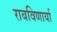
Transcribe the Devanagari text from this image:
राबविणार्या